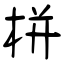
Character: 栟